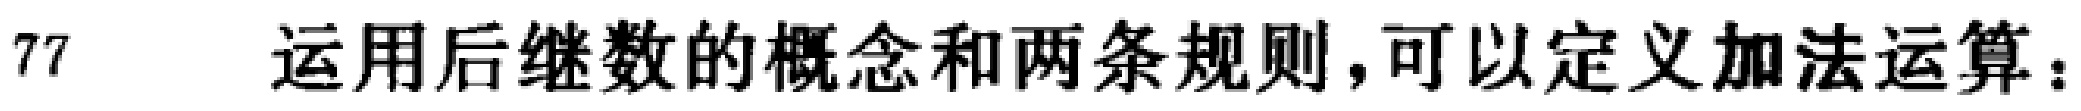
77 运用后继数的概念和两条规则，可以定义加法运算：